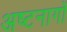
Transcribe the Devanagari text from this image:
अष्टनागों